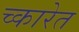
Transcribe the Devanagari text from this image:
च्कारेत